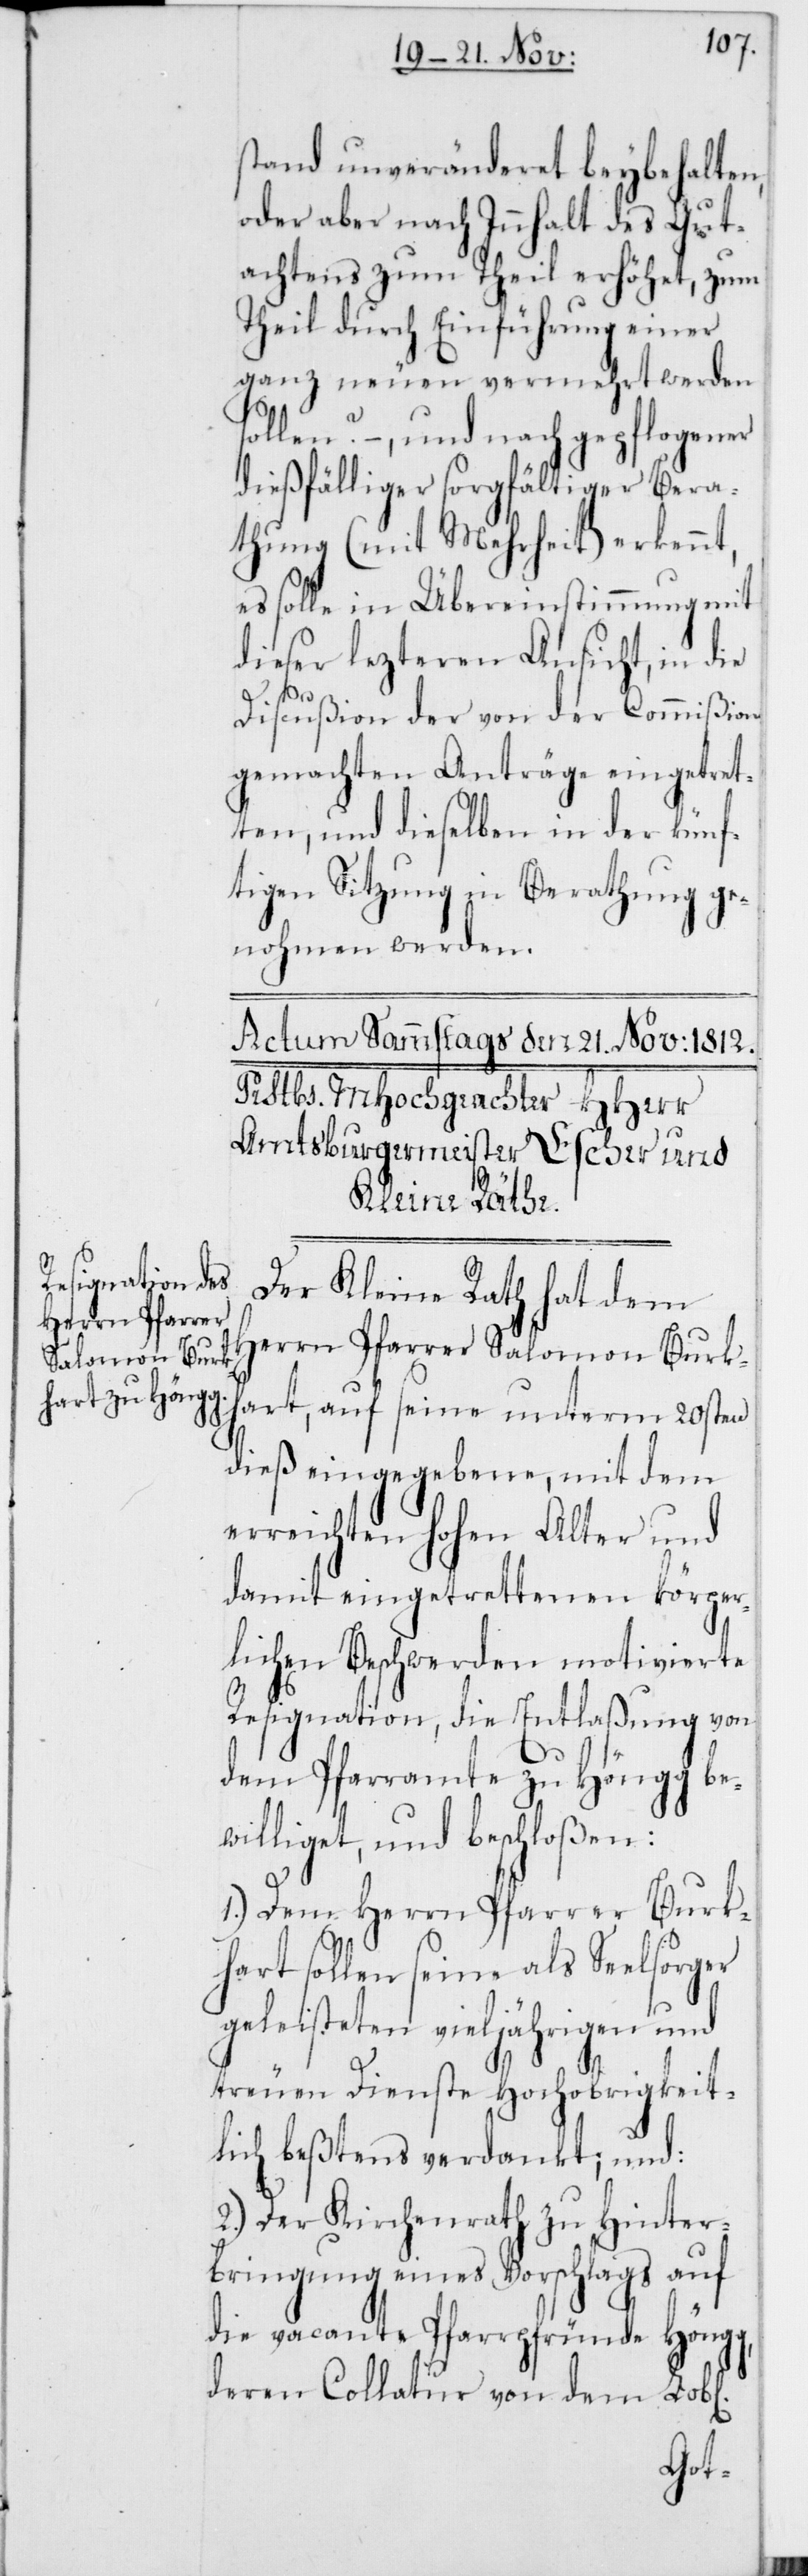
stand unveränderet beybehalten,
oder aber nach Innhalt des Gut¬
achtens zum Theil erhöhet, zum
Theil durch Einführung einer
ganz neuen vermehrt werden
sollen? –, und nach gepflogener
dießfälliger sorgfältiger Bera¬
thung (mit Mehrheit) erkennt,
es solle in Übereinstimmung mit
dieser lezteren Ansicht, in die
chen]
Discußion der von der Commißion
gemachten Anträge eingetret¬
ten, und dieselben in der künf¬
tigen Sitzung in Berathung ge¬
nohmen werden.
Der Kleine Rath hat dem
Herrn Pfarrer Salomon Burk¬
hart, auf seine unterm 20sten
dieß eingegebene, mit dem
erreichten hohen Alter und
damit eingetrettenen körper¬
lichen Beschwerden motivierte
Resignation, die Entlaßung von
dem Pfarramte zu Höngg be¬
williget und beschloßen:
1.) Dem Herrn Pfarrer Burk¬
hart sollen seine als Seelsorger
geleisteten vieljährigen und
treuen Dienste Hochobrigkeit¬
lich beßtens verdankt; und:
2.) Der Kirchenrath zu Hinter¬
bringung eines Vorschlags auf
die vacante Pfarrpfründe Höngg,
deren Collatur von dem Lob¬